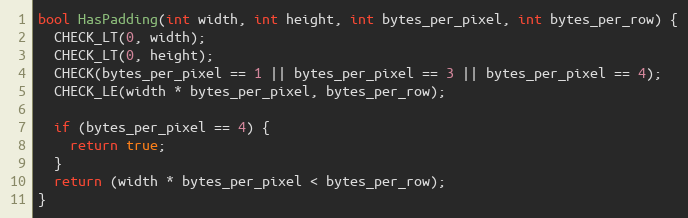
Language: C++
bool HasPadding(int width, int height, int bytes_per_pixel, int bytes_per_row) {
  CHECK_LT(0, width);
  CHECK_LT(0, height);
  CHECK(bytes_per_pixel == 1 || bytes_per_pixel == 3 || bytes_per_pixel == 4);
  CHECK_LE(width * bytes_per_pixel, bytes_per_row);

  if (bytes_per_pixel == 4) {
    return true;
  }
  return (width * bytes_per_pixel < bytes_per_row);
}